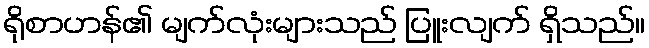
ရိုစာဟန်၏ မျက်လုံးများသည် ပြူးလျက် ရှိသည်။